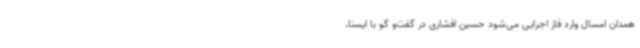
همدان امسال وارد فاز اجرایی می‌شود حسین افشاری در گفت‌و گو با ایسنا،